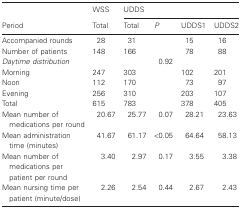
<table><thead><tr><td></td><td><b>WSS</b></td><td colspan="4"><b>UDDS</b></td></tr><tr><td><b>Period</b></td><td><b>Total</b></td><td><b>Total</b></td><td><b><i>P</i></b></td><td><b>UDDS1</b></td><td><b>UDDS2</b></td></tr></thead><tbody><tr><td>Accompanied rounds</td><td>28</td><td>31</td><td></td><td>15</td><td>16</td></tr><tr><td>Number of patients</td><td>148</td><td>166</td><td></td><td>78</td><td>88</td></tr><tr><td><i>Daytime distribution</i></td><td></td><td></td><td>0.92</td><td></td><td></td></tr><tr><td>Morning</td><td>247</td><td>303</td><td></td><td>102</td><td>201</td></tr><tr><td>Noon</td><td>112</td><td>170</td><td></td><td>73</td><td>97</td></tr><tr><td>Evening</td><td>256</td><td>310</td><td></td><td>203</td><td>107</td></tr><tr><td>Total</td><td>615</td><td>783</td><td></td><td>378</td><td>405</td></tr><tr><td>Mean number of medications per round</td><td>20.67</td><td>25.77</td><td>0.07</td><td>28.21</td><td>23.63</td></tr><tr><td>Mean administration time (minutes)</td><td>41.67</td><td>61.17</td><td>&lt;0.05</td><td>64.64</td><td>58.13</td></tr><tr><td>Mean number of medications per patient per round</td><td>3.40</td><td>2.97</td><td>0.17</td><td>3.55</td><td>3.38</td></tr><tr><td>Mean nursing time per patient (minute/dose)</td><td>2.26</td><td>2.54</td><td>0.44</td><td>2.67</td><td>2.43</td></tr></tbody></table>